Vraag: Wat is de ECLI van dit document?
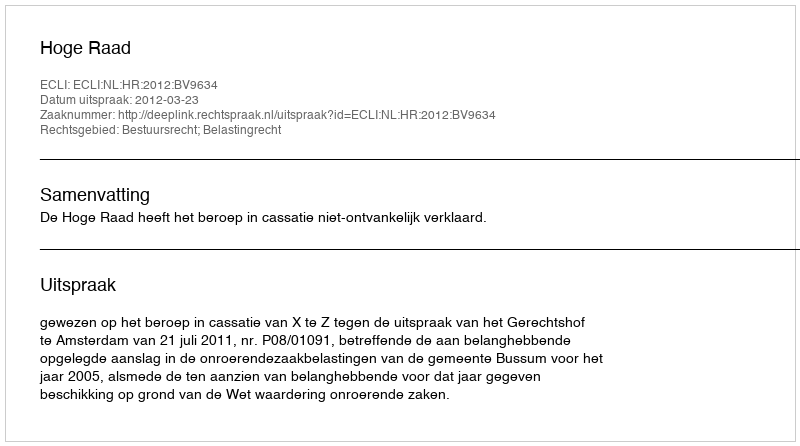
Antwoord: ECLI:NL:HR:2012:BV9634